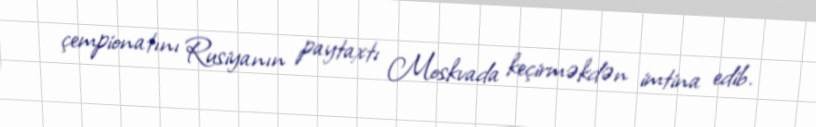
çempionatını Rusiyanın paytaxtı Moskvada keçirməkdən imtina edib.